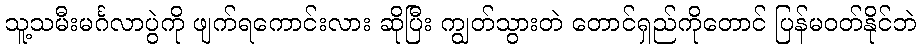
သူ့သမီးမင်္ဂလာပွဲကို ဖျက်ရကောင်းလား ဆိုပြီး ကျွတ်သွားတဲ တောင်ရှည်ကိုတောင် ပြန်မဝတ်နိုင်ဘဲ